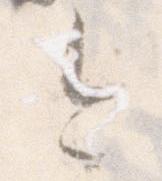
今